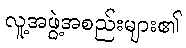
လူ့အဖွဲ့အစည်းများ၏